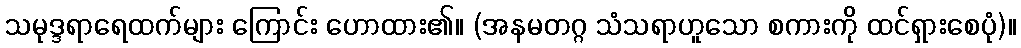
သမုဒ္ဒရာရေထက်များ ကြောင်း ဟောထား၏။ (အနမတဂ္ဂ သံသရာဟူသော စကားကို ထင်ရှားစေပုံ)။